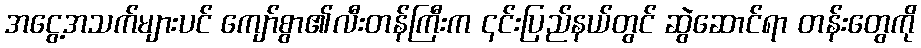
အငွေ့အသက်များပင် ကျော်စွာ၏လီးတန်ကြီးက ၎င်းပြည်နယ်တွင် ဆွဲဆောင်ရာ တန်းတွေကို